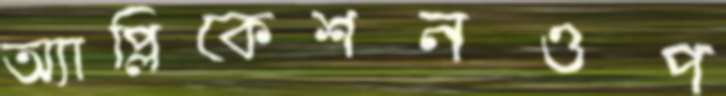
অ্যাপ্লিকেশনওপ